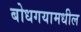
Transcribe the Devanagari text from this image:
बोधगयामधील